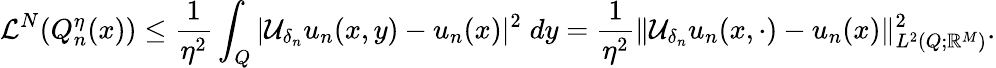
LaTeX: \mathcal{L}^{N}(Q_{n}^{\eta}(x))\leq\frac{1}{\eta^{2}}\int_{Q}{|\mathcal{U}_{\delta_{n}}u_{n}(x,y)-u_{n}(x)|^{2}\; dy}=\frac{1}{\eta^{2}}\| \mathcal{U}_{\delta_{n}}u_{n}(x,\cdot)-u_{n}(x)\| _{L^{2}(Q;\mathbb{R}^{M})}^{2}.